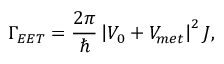
\Gamma _ { E E T } = \frac { 2 \pi } { \hbar } \left| V _ { 0 } + V _ { m e t } \right| ^ { 2 } J ,